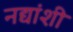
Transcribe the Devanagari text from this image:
नद्यांशी